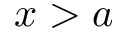
x > a